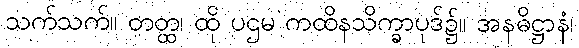
သက်သက်။ တတ္ထ၊ ထို ပဌမ ကထိနသိက္ခာပုဒ်၌။ အနဓိဋ္ဌာနံ၊